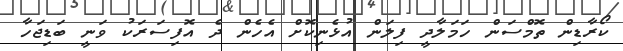
ކޯރާޑިން ތޮމްސަން ހަމަލާދީ ފިލަން އުޅެނިކޮށް އެހެން ދެ އޮފިސަރަކު ވަނީ ބަޑިޖަހާ